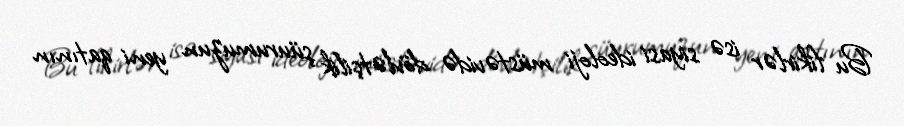
Bu fikirlər isə siyasi ideoloji müstəvidə dövlətçilik şüurumuzun yeni qatının